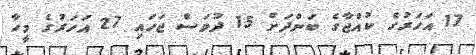
17 އަހަރުގެ ކުއްޖާގެ ބަންދަށް 15 ދުވަސް ޖަހައި 27 އަހަރުގެ މީހާ